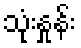
သုံးနှုန်း